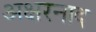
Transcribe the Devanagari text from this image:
अक्षरनाद